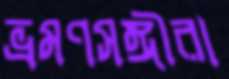
ভ্রমণসঙ্গীরা